Etiology and epidemiology of plague
Disease focus: Plague
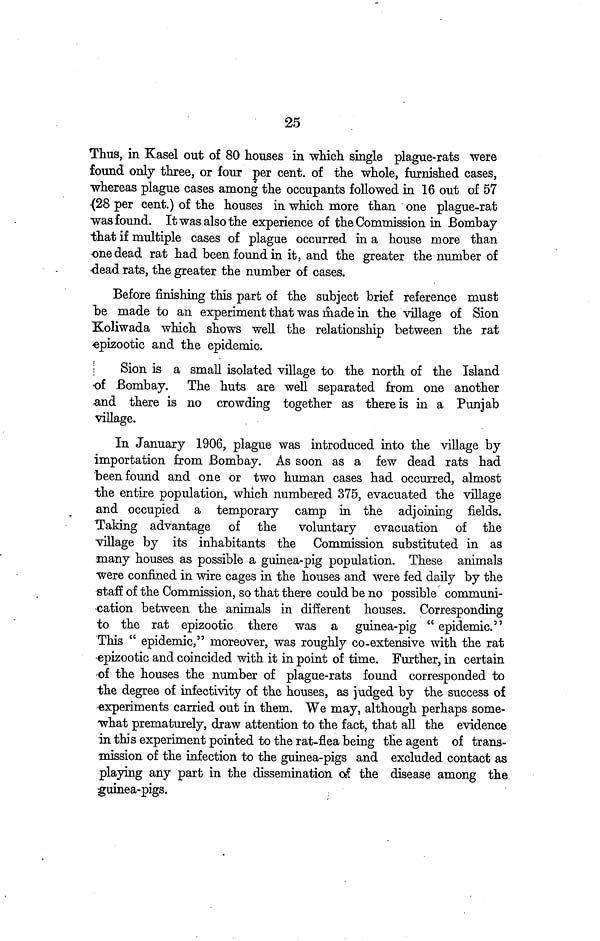
25
Thus, in Kasel out of 80 houses in which single plague-rats were
found only three, or four per cent. of the whole, furnished cases,
whereas plague cases among the occupants followed in 16 out of 57
(28 per cent.) of the houses in which more than one plague-rat
was found. It was also the experience of the Commission in Bombay
that if multiple cases of plague occurred in a house more than
one dead rat had been found in it, and the greater the number of
dead rats, the greater the number of cases.
Before finishing this part of the subject brief reference must
be made to an experiment that was made in the village of Sion
Koliwada which shows well the relationship between the rat
epizootic and the epidemic.
Sion is a small isolated village to the north of the Island
of Bombay. The huts are well separated from one another
and there is no crowding together as there is in a Punjab
village.
In January 1906, plague was introduced into the village by
importation from Bombay. As soon as a few dead rats had
been found and one or two human cases had occurred, almost
the entire population, which numbered 375, evacuated the village
and occupied a temporary camp in the adjoining fields.
Taking advantage of the
voluntary evacuation of the
village by its inhabitants the Commission substituted in as
many houses as possible a guinea-pig population. These animals
were confined in wire cages in the houses and were fed daily by the
staff of the Commission, so that there could be no possible communi-
cation between the animals in different houses. Corresponding
to the rat epizootic there was a guinea-pig "epidemic."
This " epidemic," moreover, was roughly co-extensive with the rat
epizootic and coincided with it in point of time. Further, in certain
of the houses the number of plague-rats found corresponded to
the degree of infectivity of the houses, as judged by the success of
experiments carried out in them. We may, although perhaps some-
what prematurely, draw attention to the fact, that all the evidence
in this experiment pointed to the rat-flea being the agent of trans-
mission of the infection to the guinea-pigs and excluded contact as
playing any part in the dissemination of the disease among the
guinea-pigs.